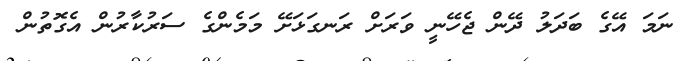
ނަމަ އޭގެ ބަދަލު ދޭން ޖެހޭނީ ވަރަށް ރަނގަޅަށޭ މަމެންގެ ސަރުކާރުން އެގޮތުން